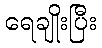
ရေချိုးပြီး